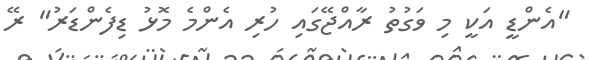
"އެންޑީ އަކީ މި ވަގުތު ރާއްޖޭގައި ހުރި އެންމެ މޮޅު ޑިފެންޑަރު" ރޭ